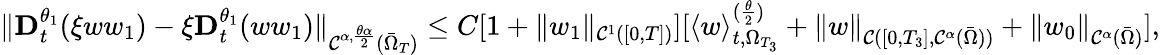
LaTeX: \| \mathbf{D}_{t}^{\theta_{1}}(\xi ww_{1})-\xi\mathbf{D}_{t}^{\theta_{1}}(ww_{1})\| _{\mathcal{C}^{\alpha,\frac{\theta\alpha}{2}}(\bar{\Omega}_{T})}\leq C[1+\| w_{1}\| _{\mathcal{C}^{1}([0,T])}][\langle w\rangle_{t,\Omega_{T_{3}}}^{(\frac{\theta}{2})}+\| w\| _{\mathcal{C}([0,T_{3}],\mathcal{C}^{\alpha}(\bar{\Omega}))}+\| w_{0}\| _{\mathcal{C}^{\alpha}(\bar{\Omega})}],